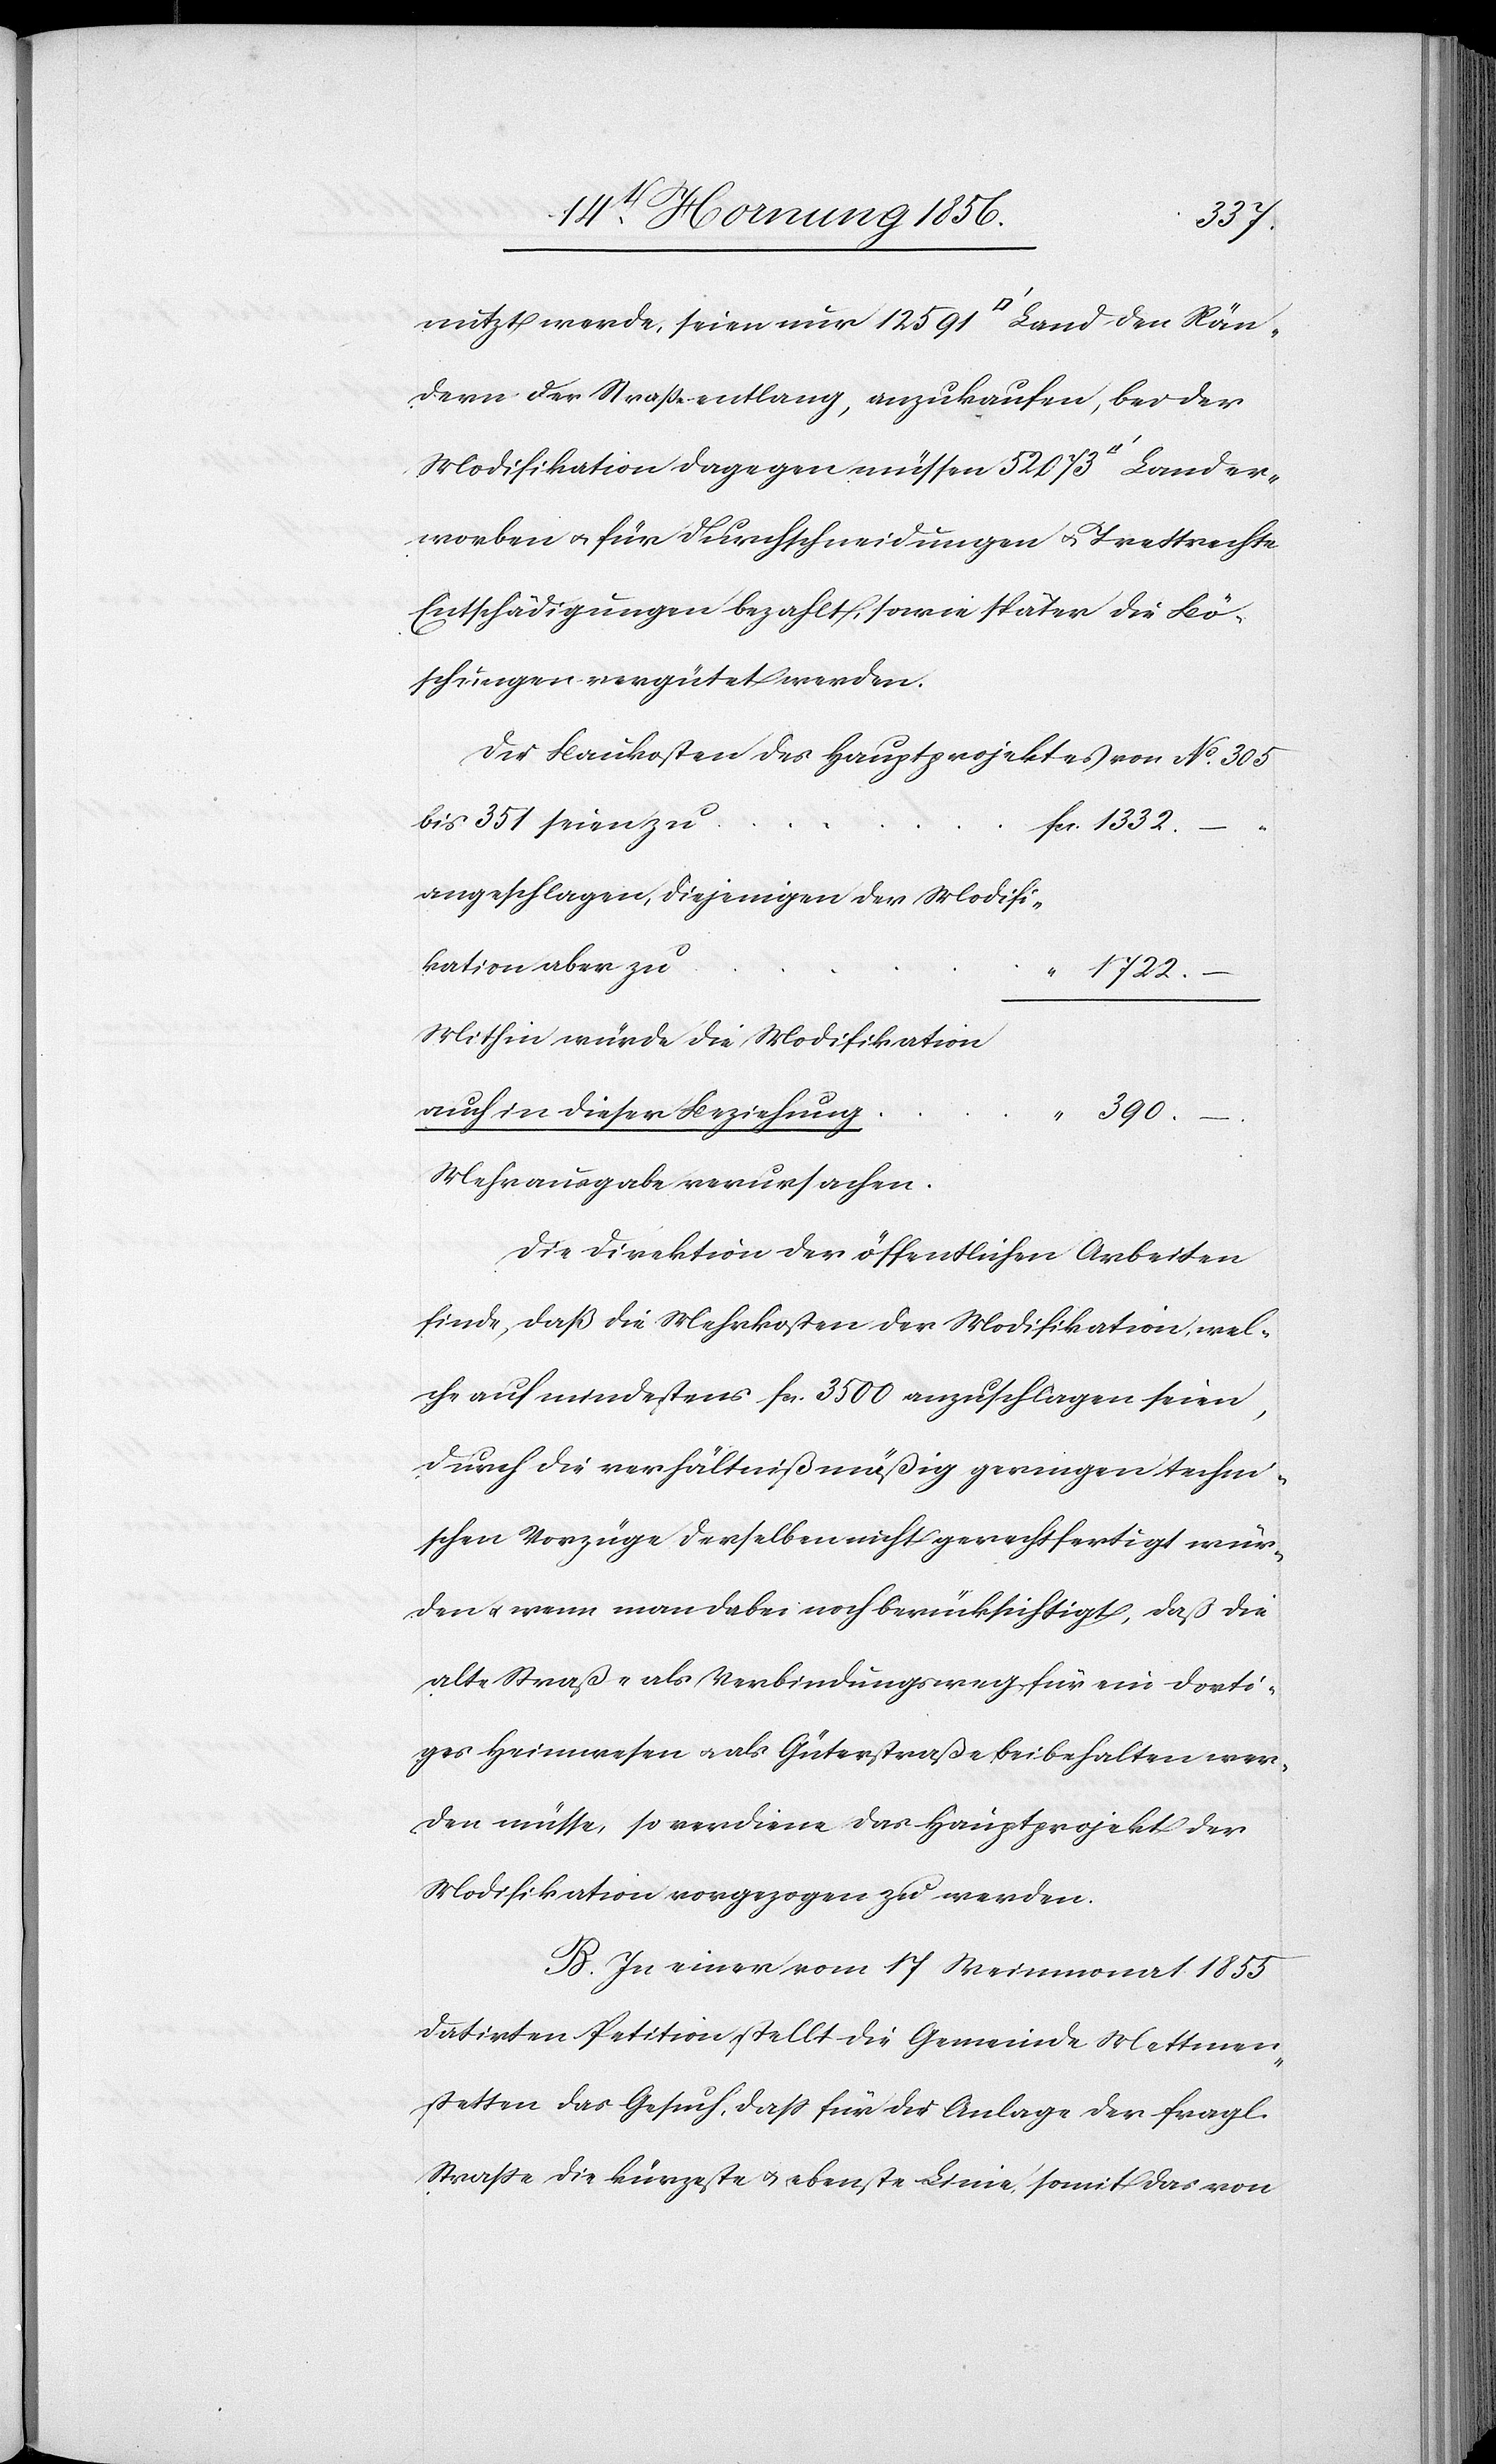
nutzt werde, seien nur 12591 [Quadratfuss] Land den Rän¬
dern der Straße entlang, anzukaufen, bei der
Modifikation dagegen müssen 52073 [Quadr¬
worben u. für Durchschneidungen u. Trettrechte
Entschädigungen bezahlt, sowie später die Bö¬
schungen vergütet werden.
Die Baukosten des Hauptprojektes von No 305
angeschlagen, diejenigen der Modifi¬
kation aber zu
1722.–
Mithin würde die Modifikation
auch in dieser Beziehung
390.–
er¬
Mehrausgabe verursachen.
Die Direktion der öffentlichen Arbeiten
finde, daß die Mehrkosten der Modifikation, wel¬
che auf mindestens fcs. 3500 anzuschlagen seien,
durch die verhältnißmäßig geringen techni¬
schen Vorzüge derselben nicht gerechtfertigt wür¬
den u. wenn man dabei noch berücksichtigt, daß die
alte Straße als Verbindungsweg für ein dorti¬
ges Heimwesen u. als Güterstraße beibehalten wer¬
den müsse, so verdiene das Hauptprojekt der
Modifikation vorgezogen zu werden.
B. In einer vom 17 Weinmonat 1855
datirten Petition stellt die Gemeinde Mettmen¬
stetten das Gesuch, daß für die Anlage der fragl.
Straße die kürzeste u. ebenste Linie somit das von